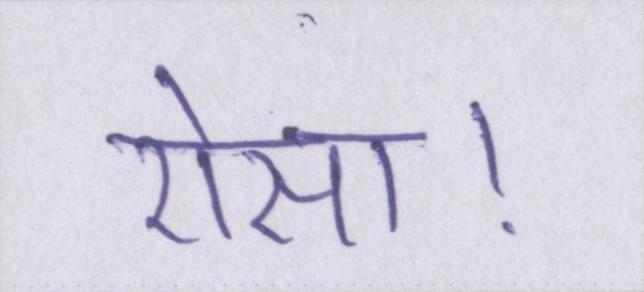
ऐसा।